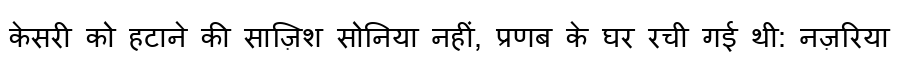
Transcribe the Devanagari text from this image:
केसरी को हटाने की साज़िश सोनिया नहीं, प्रणब के घर रची गई थी: नज़रिया